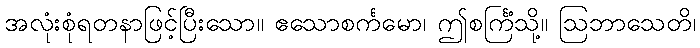
အလုံးစုံရတနာဖြင့်ပြီးသော။ ဧသောစင်္ကမော၊ ဤစင်္ကြံသို့။ ဩဘာသေတိ၊